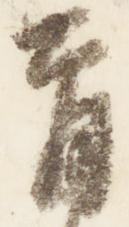
首